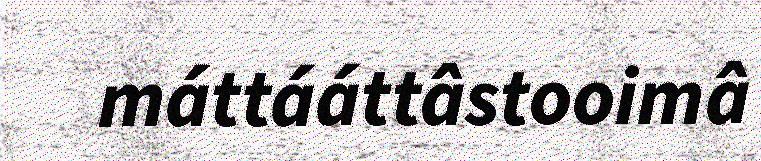
máttááttâstooimâ